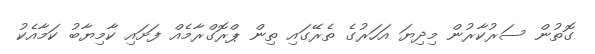
ގޮތުން ސަރުކާރުން މިދިޔަ އަހަރުގެ ތެރޭގައި ތިން ޕްރޮގްރާމެއް ފަށައި ކާމިޔާބު ކަމާއެކު